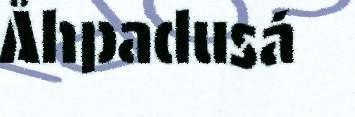
Åhpadusá